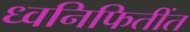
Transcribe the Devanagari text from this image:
ध्वनिफितींत